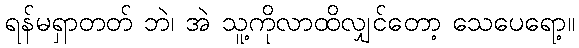
ရန်မရှာတတ် ဘဲ၊ အဲ သူ့ကိုလာထိလျှင်တော့ သေပေရော့။